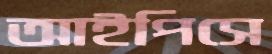
আইপিসে